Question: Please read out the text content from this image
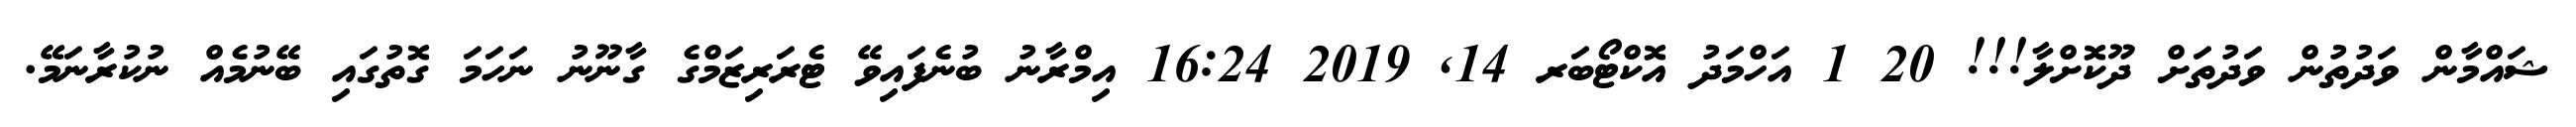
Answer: ޝައްމާން ވަދުތުން ވަދުތަށް ދޫކޮށްލާ!!! 20 1 އަހްމަދު އޮކްޓޯބަރ 14, 2019 16:24 އިމްރާނު ބުނެފައިވޭ ޓެރަރިޒަމްގެ ގާނޫނު ނަހަމަ ގޮތުގައި ބޭނުމެއް ނުކުރާނަމޭ.